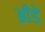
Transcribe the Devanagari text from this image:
ब्रीडे